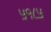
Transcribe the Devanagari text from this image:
५१८५